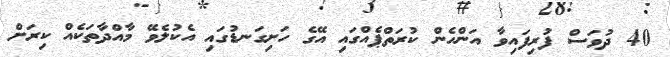
40 ދުވަސް ފުރިފައިވާ އަންހެން ކުރަތްޕެއްގައި އޭގެ ހަށިގަނޑުގައި އެކުލެވޭ މާއްދާތަކެއް ކިރަށް